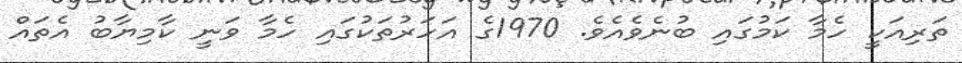
ތަރިއަކީ ހެމާ ކަމުގައި ބުނެވެއެވެ. 1970ގެ އަހަރުތަކުގައި ހެމާ ވަނީ ކާމިޔާބު އެތައް